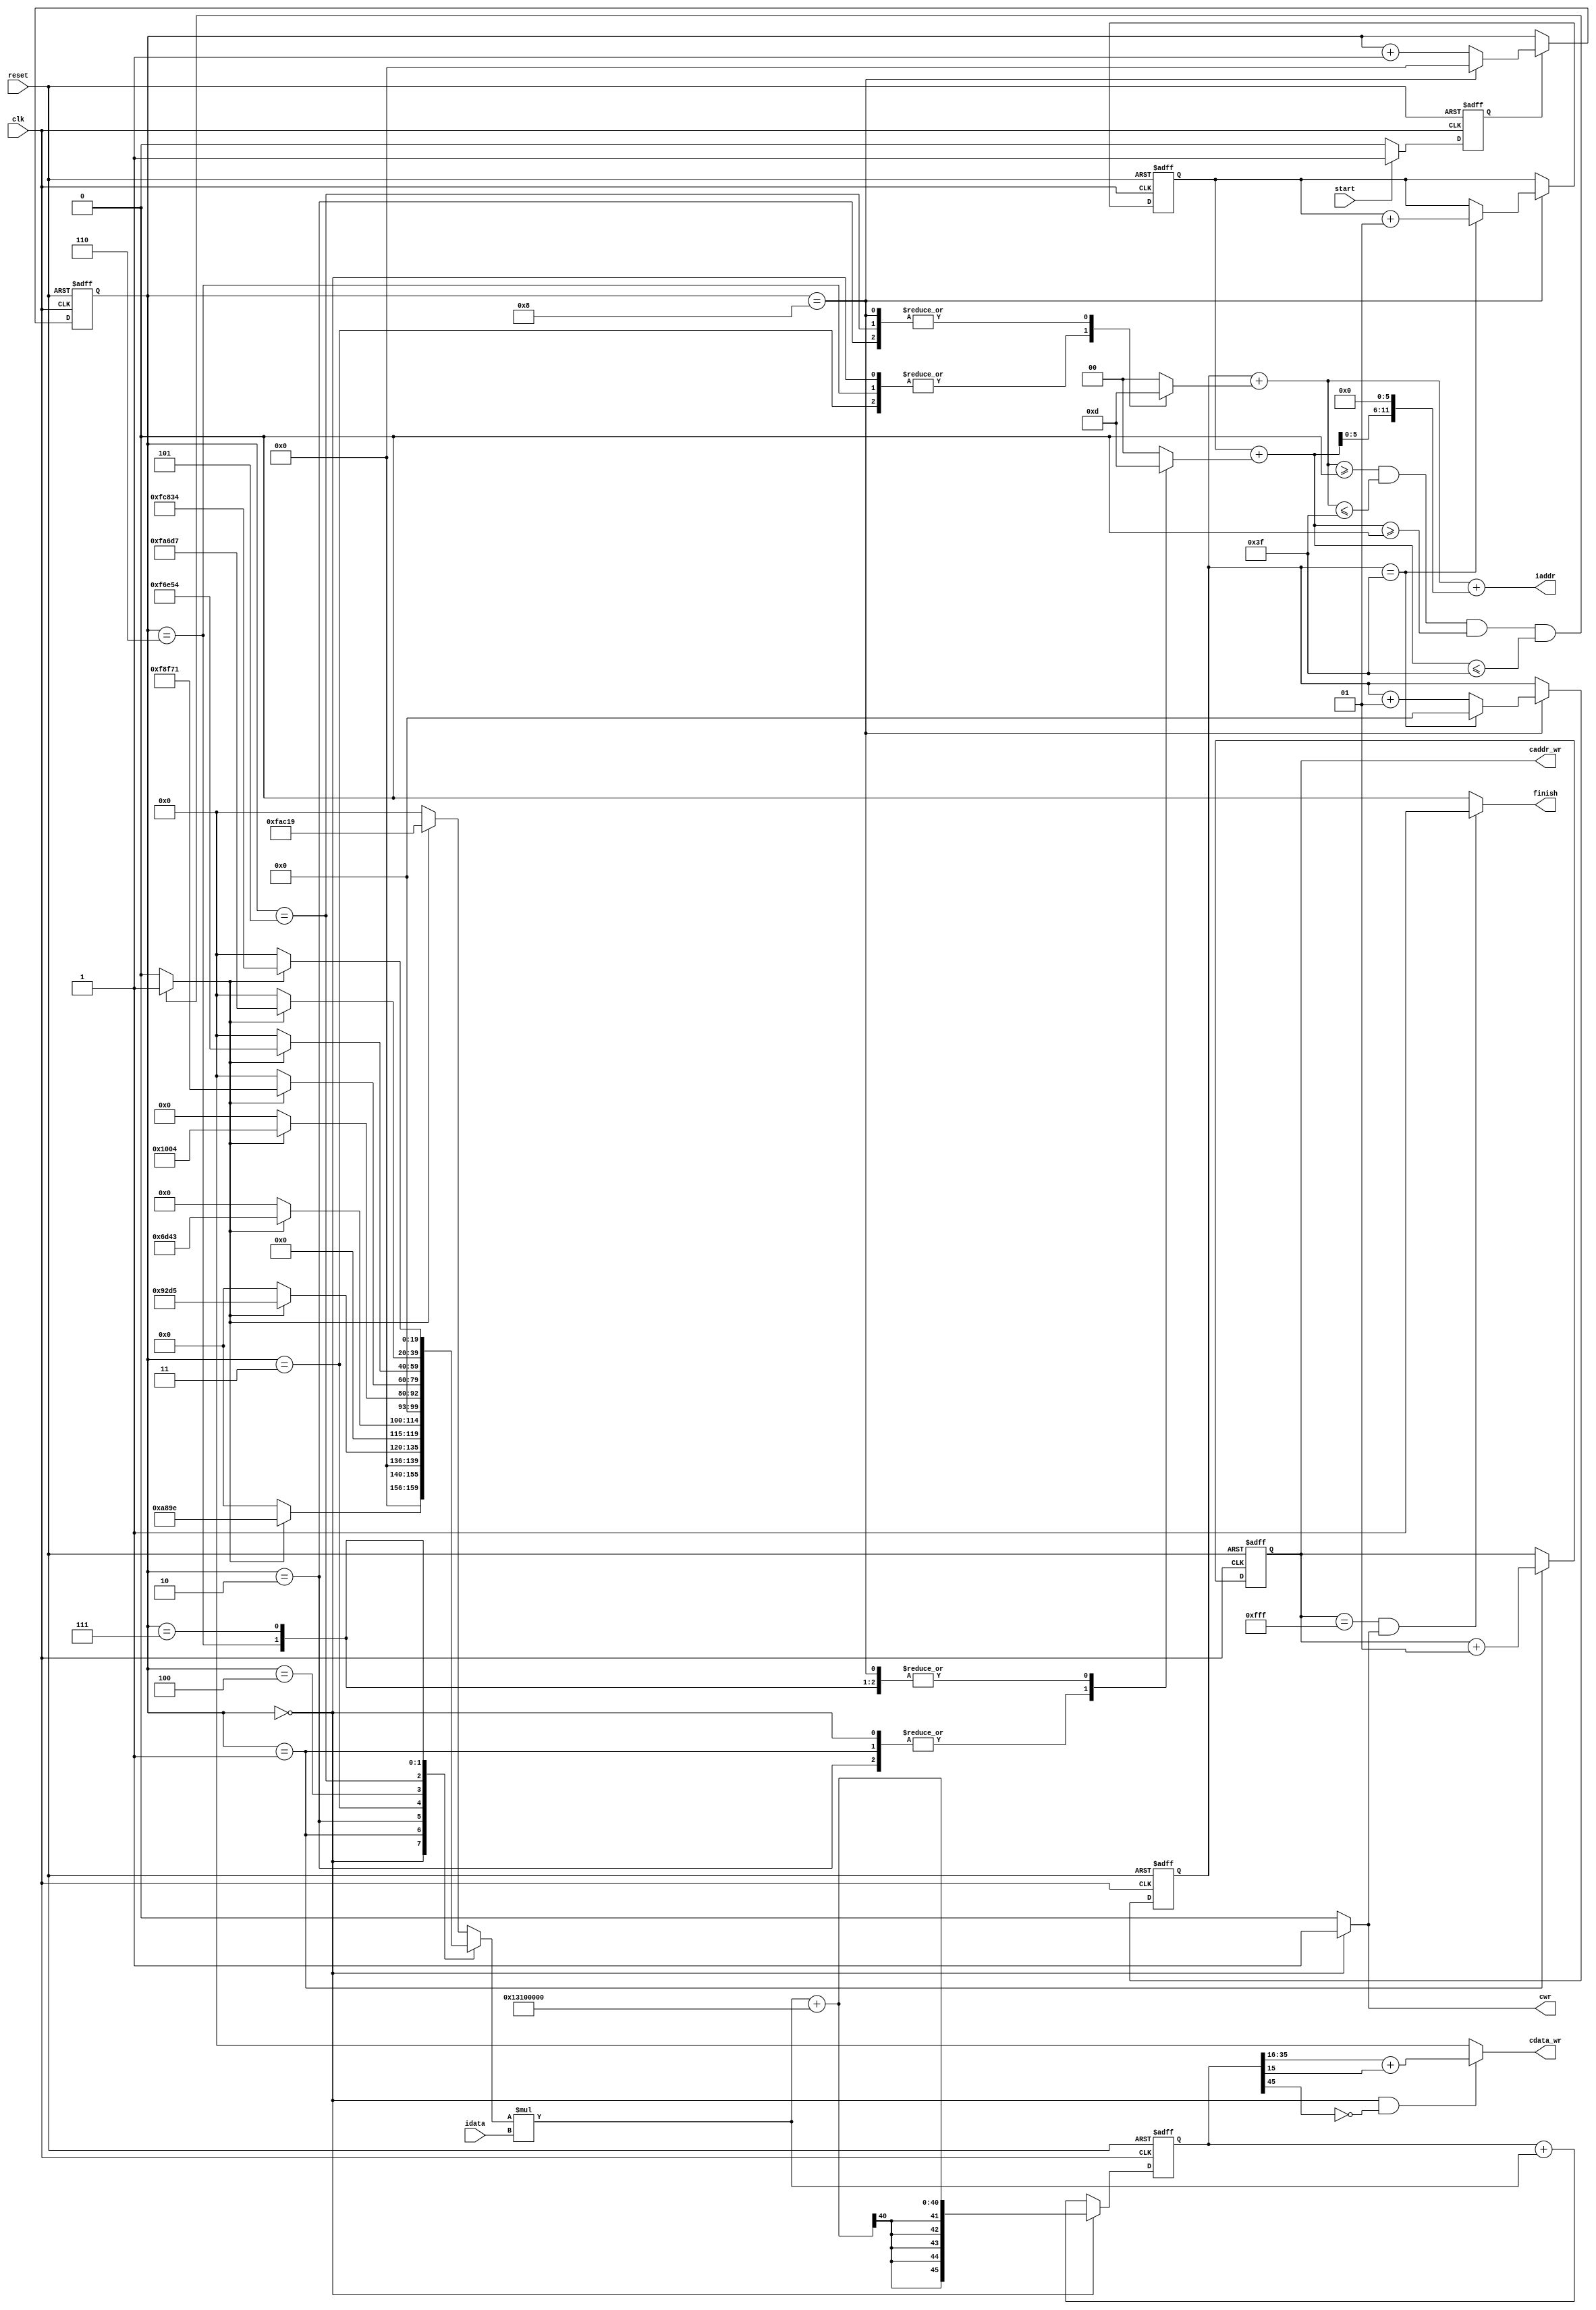


`timescale 1ns/10ps

module  convolution(
	input		clk,
	input		reset,	
    input       start,
    output      finish,
			
	output		[11:0]iaddr,
	input signed[19:0]idata,	
	
	output	 	cwr,
	output	signed 	[12:0]caddr_wr,
	output	 	[19:0]cdata_wr
	);
    //wire reg
        reg [3:0]addr;
        reg signed [6:0] basex_r,basex_w;
        reg signed [6:0] basey_r,basey_w;
        reg signed [1:0] base_add_x;
        reg signed [1:0] base_add_y;
        reg [3:0]add_r,add_w;
        reg state_r;
        wire signed [12:0] y_ex;
        wire signed [12:0]address;
        reg  addr_valid_r,addr_valid_w;
        reg signed [8:0]x,y;
        reg signed [19:0]mul_r,mul_w;
        reg signed [45:0]acum_r,acum_w;
        reg signed[12:0]w_count_r,w_count_w;
        wire signed[19:0]answer;
        wire signed[29:0]shift_ans;
        wire signed[19:0]in;
    //assign
        assign in=idata;
        assign answer=$signed(shift_ans[20:0])+acum_r[15];
        assign finish=((caddr_wr==4095)&&(cwr==1))?1:0;
        assign cwr=(add_r==0)?1:0;
        assign shift_ans=acum_r>>>16;
        assign caddr_wr=w_count_r;
        assign cdata_wr=((add_r==0)&&(shift_ans[29]==0))?answer:0;
        assign iaddr=address[11:0];
        assign address=x+y_ex;
        assign y_ex={y,6'b0};
     
    //acum_w
        always @(*) begin
            if(add_r==0)begin
                acum_w=$signed(mul_w)*$signed(in)+$signed(36'h013100000);
            end
            else begin
                acum_w=acum_r+mul_w*in;
            end
        end
    //x y w_count_w 
        always @(*) begin
            x=basex_r+base_add_x;
            y=basey_r+base_add_y;
            w_count_w=(add_r==1)?w_count_r+1:w_count_r;
        end
    //addr_valid
        always @(*) begin
            if((x>=0)&&(x<=63)&&(y>=0)&&(y<=63))begin
                addr_valid_w=1;
            end
            else begin
                addr_valid_w=0;
            end
        end
    //base_add_x base_add_y mul_w
        always @(*)begin
            case(add_r)
            0:begin
                base_add_x=-1;
                base_add_y=-1;
                mul_w=(addr_valid_w)?20'h0A89E:0;
            end
            1:begin
                base_add_x=0;
                base_add_y=-1;
                mul_w=(addr_valid_w)?20'h092D5:0;
            end
            2:begin
                base_add_x=1;
                base_add_y=-1;
                mul_w=(addr_valid_w)?20'h06D43:0;
            end
            3:begin
                base_add_x=-1;
                base_add_y=0;
                mul_w=(addr_valid_w)?20'h01004:0;
            end
            4:begin
                base_add_x=0;
                base_add_y=0;
                mul_w=(addr_valid_w)?20'hF8F71:0;
            end
            5:begin
                base_add_x=1;
                base_add_y=0;
                mul_w=(addr_valid_w)?20'hF6E54:0;
            end
            6:begin
                base_add_x=-1;
                base_add_y=1;
                mul_w=(addr_valid_w)?20'hFA6D7:0;
            end
            7:begin
                base_add_x=0;
                base_add_y=1;
                mul_w=(addr_valid_w)?20'hFC834:0;
            end
            8:begin
                base_add_x=1;
                base_add_y=1;
                mul_w=(addr_valid_w)?20'hFAC19:0;
            end
            default: begin
                base_add_x=0;
                base_add_y=0;
                mul_w=(addr_valid_w)?20'hFAC19:0;
            end
            endcase
        end
    //add_w
        always @(*) begin
            if(state_r)begin
                add_w=(add_r==8)?0:add_r+1;
            end
            else begin
                add_w=add_r;
            end
        end
    //basex_w basey_w
        always @(*) begin
            if(add_r==8)begin
                basex_w=(basex_r==63)?0:basex_r+1;
                basey_w=(basex_r==63)?basey_r+1:basey_r;
            end
            else begin
                basex_w=basex_r;
                basey_w=basey_r;
            end
        end
    always @(posedge clk or posedge reset) begin
        if(reset)begin
            basex_r<=0;
            basey_r<=0;
            state_r<=0;
            mul_r<=0;
            acum_r<=0;
            w_count_r<=-1;
            addr_valid_r<=0;
            add_r<=0;
        end
        else begin
            acum_r<=acum_w;
            mul_r<=mul_w;
            basex_r<=basex_w;
            basey_r<=basey_w;
            state_r<=(start)?1:0;
            add_r<=add_w;
            w_count_r<=w_count_w;
            addr_valid_r<=addr_valid_w;
        end
    end

endmodule